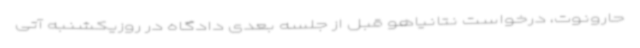
حارونوت، درخواست نتانیاهو قبل از جلسه بعدی دادگاه در روزیکشنبه آتی